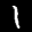
Label: 1